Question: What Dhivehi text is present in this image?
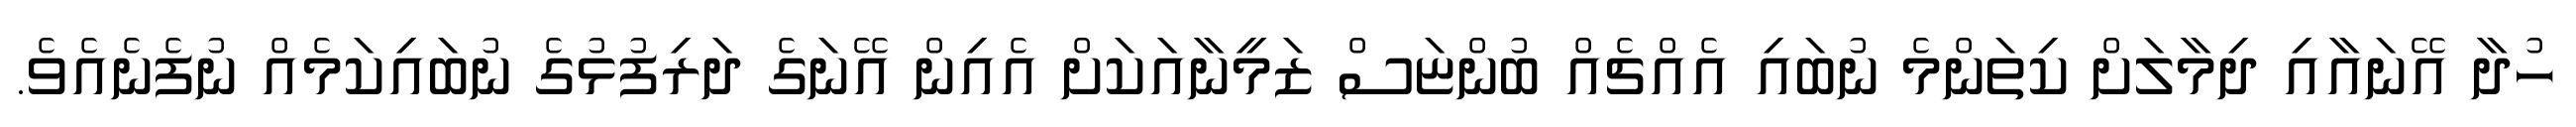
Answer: ހުދާ އޭނައާއި ދިމާލަށް ކިތަންމެ ނުބައި އެއްޗެއް ބުންޏަސް ޒަމީނާއަކަށް އެއިން އޭނަގެ ދަރިފުޅުގެ ނުބައިކަމެއް ނުފެނެއެވެ.